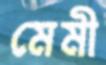
মেমী